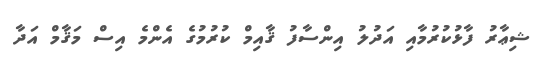
ޝިޢާރު ފާޅުކުރުމާއި އަދުލު އިންސާފު ޤާއިމް ކުރުމުގެ އެންމެ އިސް މަޤާމް އަދާ